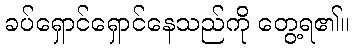
ခပ်ရှောင်ရှောင်နေသည်ကို တွေ့ရ၏။